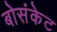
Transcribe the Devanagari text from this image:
बोसंकेट